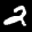
Label: 2